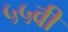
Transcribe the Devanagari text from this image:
५५वीं